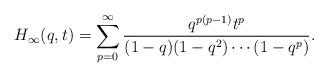
LaTeX: \begin{align*}H_{\infty}(q,t)=\sum_{p=0}^{\infty}\frac{q^{p(p-1)}t^p}{(1-q)(1-q^2)\cdots(1-q^{p})}.\end{align*}